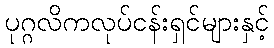
ပုဂ္ဂလိကလုပ်ငန်းရှင်များနှင့်